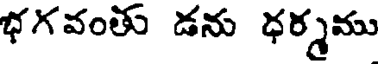
భగవంతు డను ధర్మము